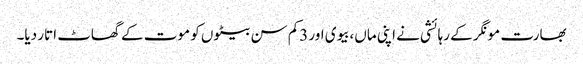
بھارت مونگر کے رہائشی نے اپنی ماں،بیوی اور 3کم سن بیٹوں کو موت کے گھاٹ اتار دیا۔